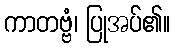
ကာတဗ္ဗံ၊ ပြုအပ်၏။